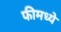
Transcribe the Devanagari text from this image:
फीमध्ये